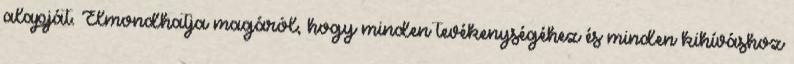
alapját. Elmondhatja magáról, hogy minden tevékenységéhez és minden kihíváshoz